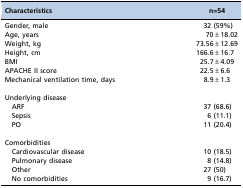
<table><thead><tr><td><b>Characteristics</b></td><td><b>n=54</b></td></tr></thead><tbody><tr><td>Gender, male</td><td>32 (59%)</td></tr><tr><td>Age, years</td><td>70±18.02</td></tr><tr><td>Weight, kg</td><td>73.56±12.69</td></tr><tr><td>Height, cm</td><td>166.6±16.7</td></tr><tr><td>BMI</td><td>25.7±4.09</td></tr><tr><td>APACHE II score</td><td>22.5±6.6</td></tr><tr><td>Mechanical ventilation time, days</td><td>8.9±1.3</td></tr><tr><td colspan="2">Underlying disease</td></tr><tr><td> ARF</td><td>37 (68.6)</td></tr><tr><td> Sepsis</td><td>6 (11.1)</td></tr><tr><td> PO</td><td>11 (20.4)</td></tr><tr><td colspan="2">Comorbidities</td></tr><tr><td> Cardiovascular disease</td><td>10 (18.5)</td></tr><tr><td> Pulmonary disease</td><td>8 (14.8)</td></tr><tr><td> Other</td><td>27 (50)</td></tr><tr><td> No comorbidities</td><td>9 (16.7)</td></tr></tbody></table>